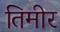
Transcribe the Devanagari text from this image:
तिमीर